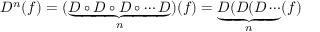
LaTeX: D ^ { n } ( f ) = ( \underbrace { D \circ D \circ D \circ \cdots D } _ { n } ) ( f ) = \underbrace { D ( D ( D \cdots } _ { n } ( f )